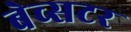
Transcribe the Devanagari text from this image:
बेव्सटर